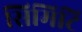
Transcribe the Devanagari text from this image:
सिमिटि